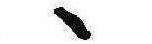
ゝ